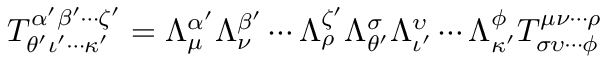
T _ { \theta ^ { \prime } \iota ^ { \prime } \cdots \kappa ^ { \prime } } ^ { \alpha ^ { \prime } \beta ^ { \prime } \cdots \zeta ^ { \prime } } = \Lambda ^ { \alpha ^ { \prime } } _ { \mu } \Lambda ^ { \beta ^ { \prime } } _ { \nu } \cdots \Lambda ^ { \zeta ^ { \prime } } _ { \rho } \Lambda _ { \theta ^ { \prime } } ^ { \sigma } \Lambda _ { \iota ^ { \prime } } ^ { \upsilon } \cdots \Lambda _ { \kappa ^ { \prime } } ^ { \phi } T _ { \sigma \upsilon \cdots \phi } ^ { \mu \nu \cdots \rho }